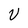
Character: U